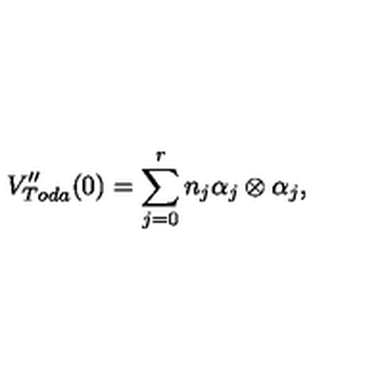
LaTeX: V _ { T o d a } ^ { \prime \prime } ( 0 ) = \sum _ { j = 0 } ^ { r } n _ { j } \alpha _ { j } \otimes \alpha _ { j } ,